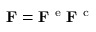
{ \bf F } = { \bf F } ^ { \mathrm { ~ e ~ } } { \bf F } ^ { \mathrm { ~ c ~ } }